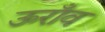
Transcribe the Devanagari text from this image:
ऊराँव